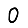
Digit: 0